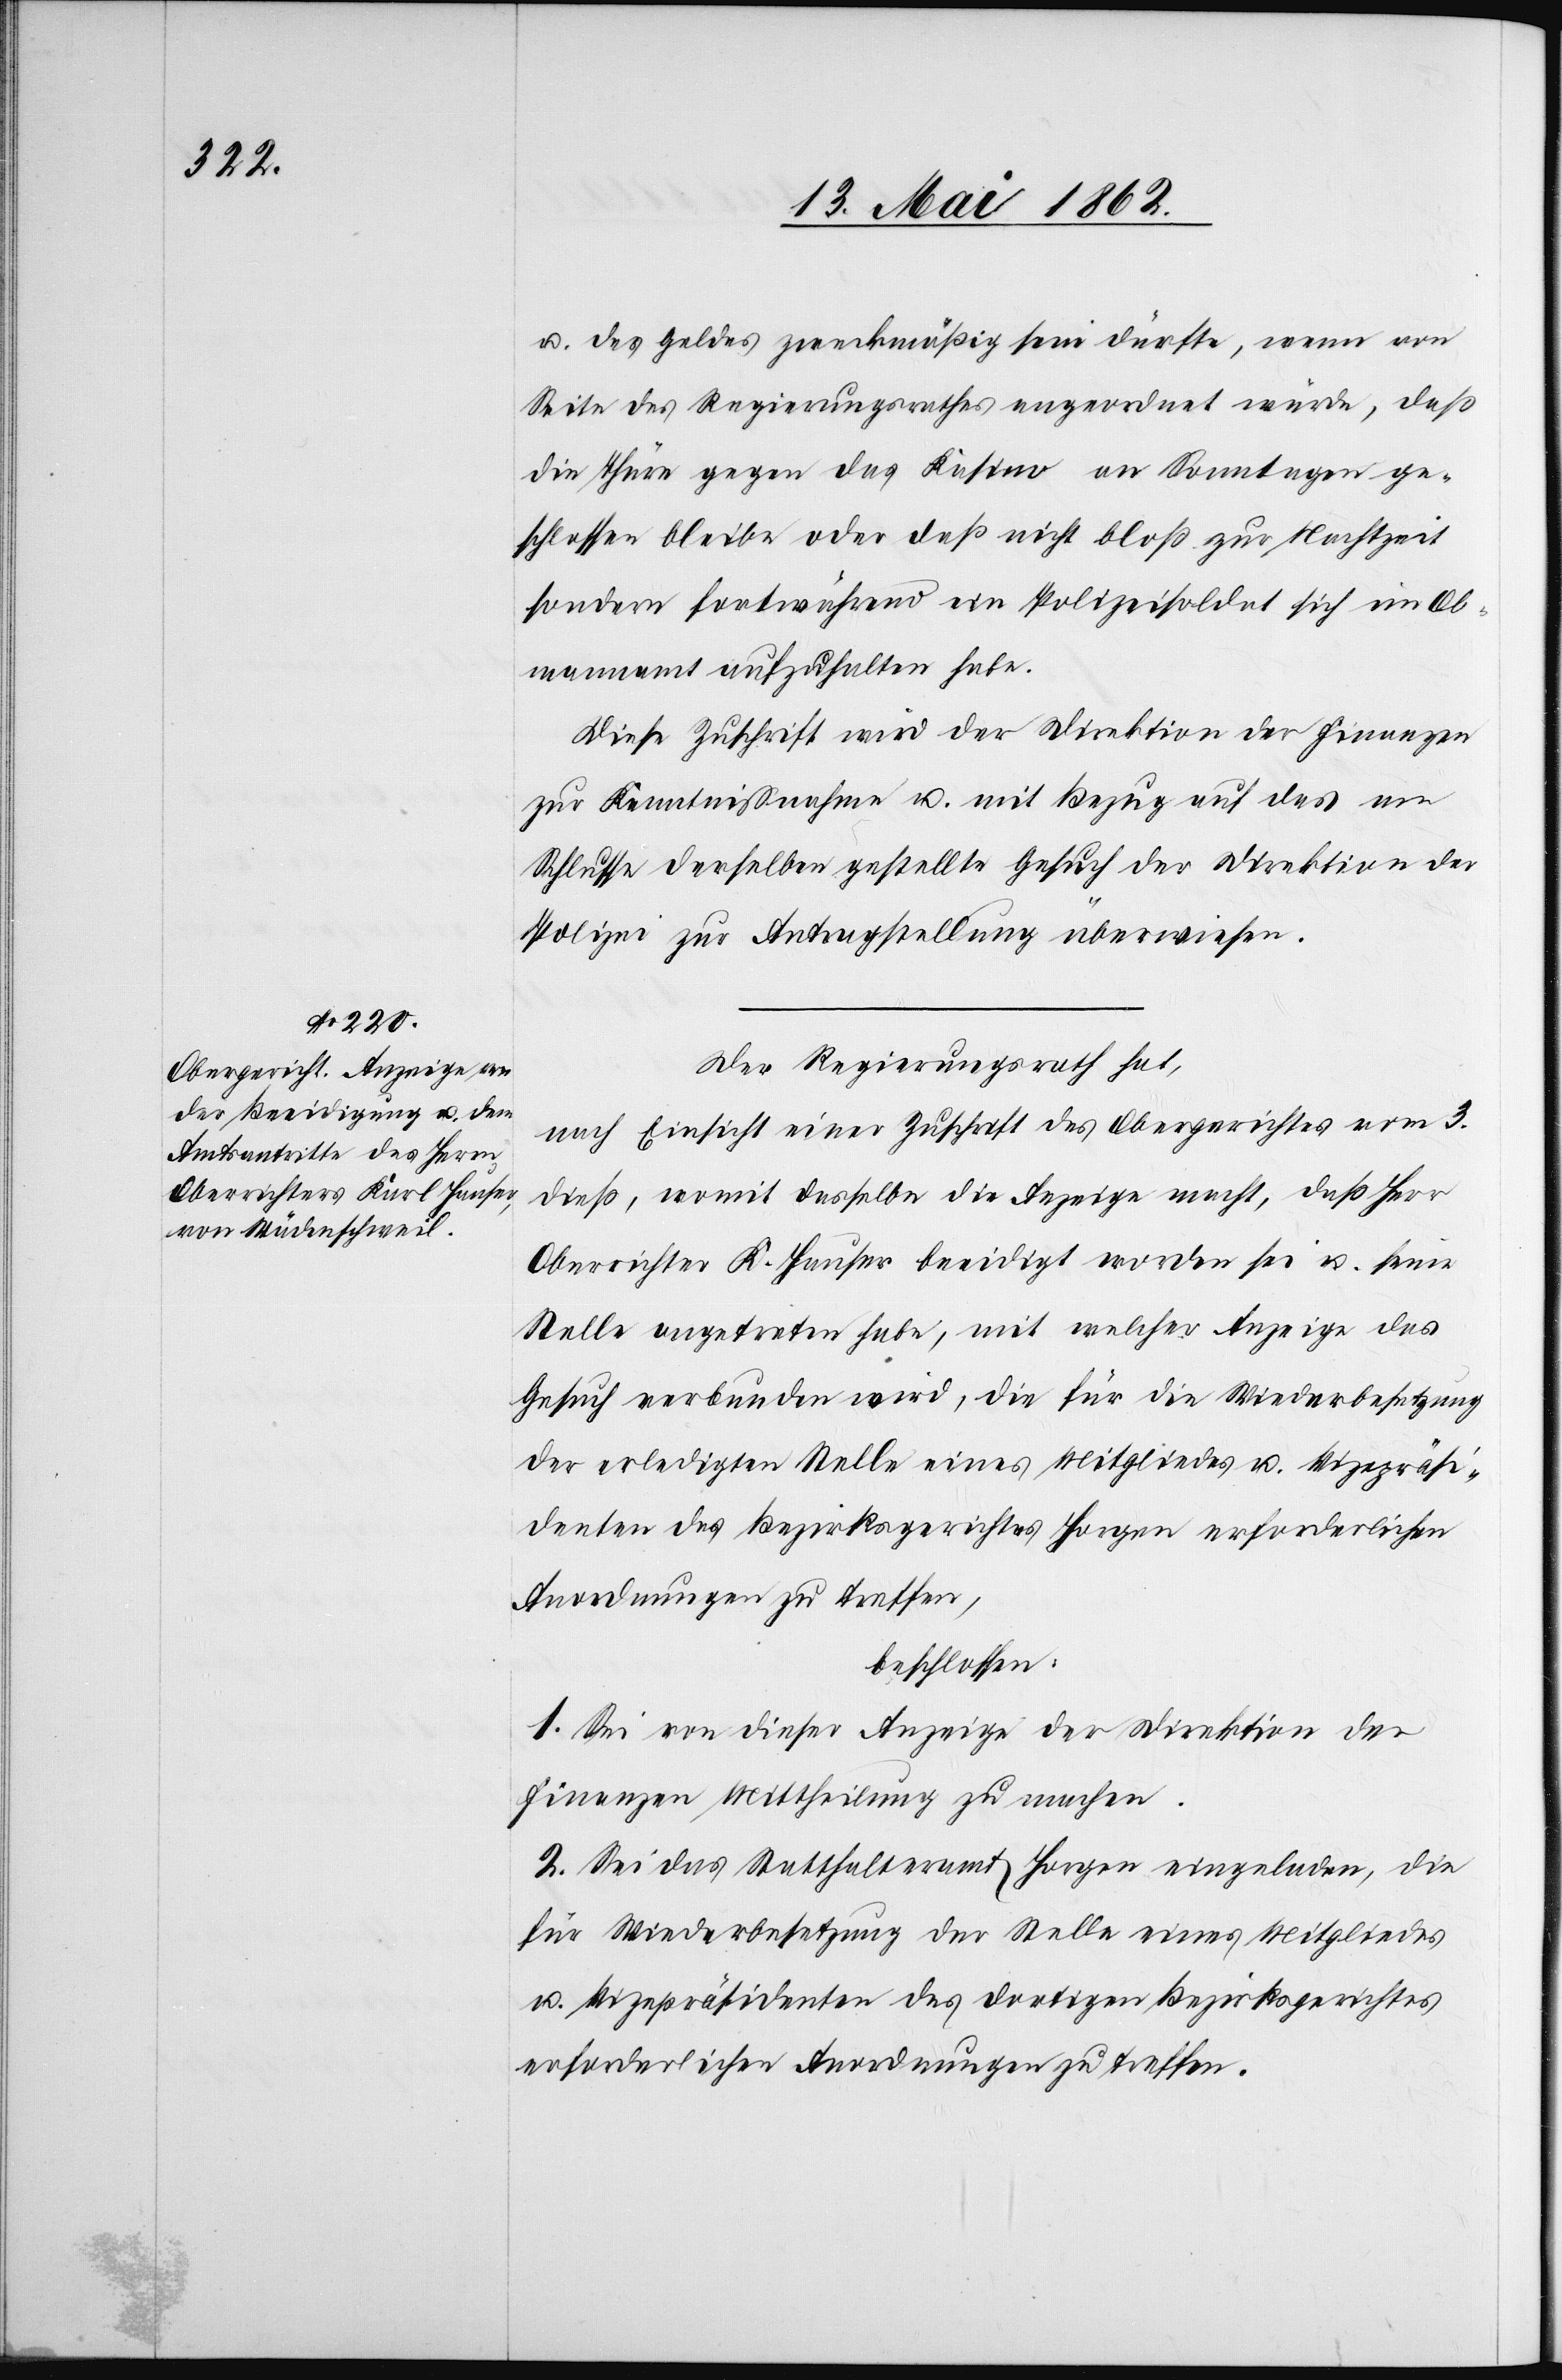
u. des Geldes zweckmäßig sein dürfte, wenn von
Seite des Regierungsrathes angeordnet würde, daß
die Thüre gegen das Kasino an Sonntagen ge¬
schlossen bleibe oder daß nicht bloß zur Nachtzeit
sondern fortwährend ein Polizeisoldat sich im Ob¬
mannamt aufzuhalten habe.
Der Regierungsrath hat,
nach Einsicht einer Zuschrift des Obergerichtes vom 3.
dieß, womit dasselbe die Anzeige macht, daß Herr
Oberrichter K. Hauser beeidigt worden sei u. keine
Stelle angetreten habe, mit welcher Anzeige das
Gesuch verbunden wird, die für eine Wiederbesetzung
der erledigten Stelle eines Mitgliedes u. Vizepräsi¬
denten des Bezirksgerichtes Horgen erforderlichen
Anordnungen zu treffen,
beschlossen:
1. Sei von dieser Anzeige der Direktion der
Finanzen Mittheilung zu machen.
2. Sei das Statthalteramt Horgen eingeladen, die
für Wiederbesetzung der Stelle eines Mitgliedes
u. Vizepräsidenten des dortigen Bezirksgerichtes
erforderlichen Anordnungen zu treffen.